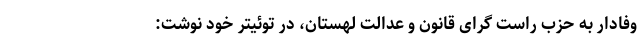
وفادار به حزب راست گرای قانون و عدالت لهستان، در توئیتر خود نوشت: